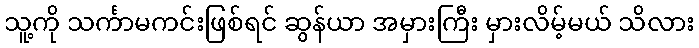
သူ့ကို သင်္ကာမကင်းဖြစ်ရင် ဆွန်ယာ အမှားကြီး မှားလိမ့်မယ် သိလား